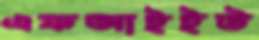
এফআইইউ